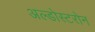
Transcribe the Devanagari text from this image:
अल्डोस्टरोन